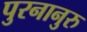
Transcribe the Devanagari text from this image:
पुरनानुरु